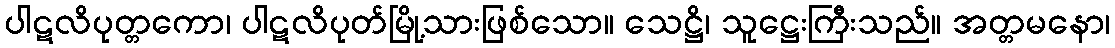
ပါဋလိပုတ္တကော၊ ပါဋလိပုတ်မြို့သားဖြစ်သော။ သေဋ္ဌိ၊ သူဋ္ဌေးကြီးသည်။ အတ္တမနော၊